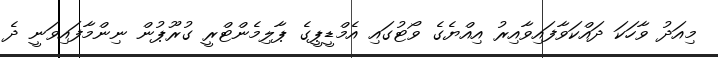
މިއަދު ވާހަކަ ދައްކަވާފައިވާއިރު އިއްޔެގެ ވޯޓުގައި އެމްޑީޕީގެ ޕާލިމެންޓްރީ ގުރޫޕުން ނިންމާފައިވަނީ ދެ